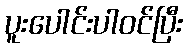
ပူးပေါင်းပါဝင်ပြီး